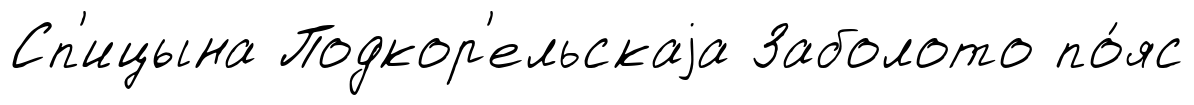
Сп'ицына Подкор'ельскаjа Заболото по́яс